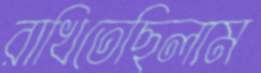
রাখিতেছিলাম